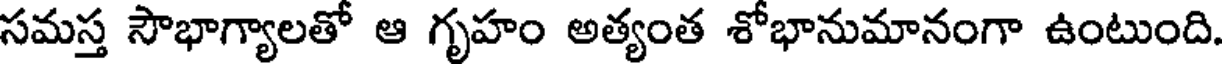
సమస్త సౌభాగ్యాలతో ఆ గృహం అత్యంత శోభానుమానంగా ఉంటుంది